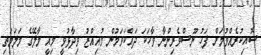
ސޮއިކުރެއްވުމަށް ފަހު ނޫސްވެރިންނާ ވާހަކަ ދައްކަވަމުން މުއިއްޒު ވިދާޅުވީ މިއީ މާލޭގެ މަލަމަތި